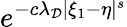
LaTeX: e^{-c\lambda_{\mathcal{D}}|\xi_{1}-\eta|^{s}}